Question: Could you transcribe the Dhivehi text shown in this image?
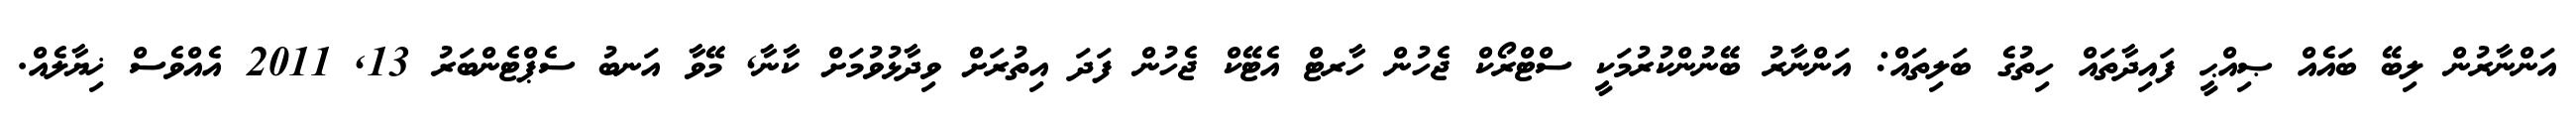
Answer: އަންނާރުން ލިބޭ ބައެއް ޞިއްޙީ ފައިދާތައް ހިތުގެ ބަލިތައް: އަންނާރު ބޭނުންކުރުމަކީ ސްޓްރޯކް ޖެހުން ހާރޓް އެޓޭކް ޖެހުން ފަދަ އިތުރަށް ވިދާޅުވުމަށް ކާނާ, މޭވާ އަނބު ސެޕްޓެންބަރު 13, 2011 އެއްވެސް ޚިޔާލެއް.